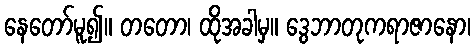
နေတော်မူ၍။ တတော၊ ထိုအခါမှ။ ဒွေဘာတုကရာဇာနော၊